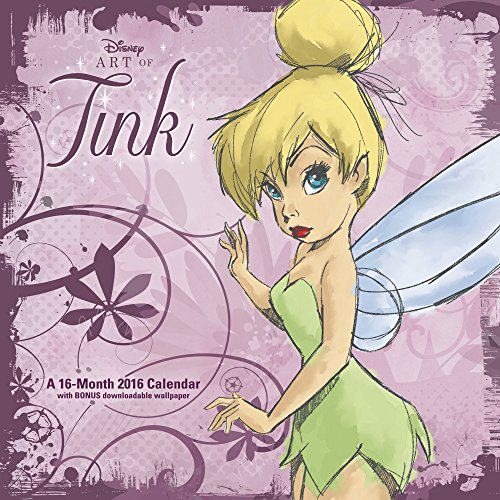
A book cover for Disney Art of Tink Wall Calendar (2016); Day Dream; Calendars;